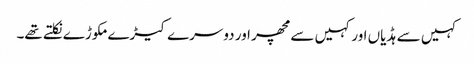
کہیں سے ہڈیاں اور کہیں سے مچھر اور دوسرے کیڑے مکوڑے نکلتے تھے۔